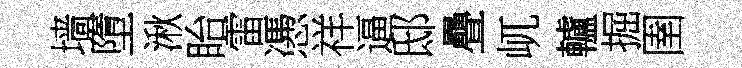
墙墮湫眙雷慿祥逼邸疊屼轤掘圉